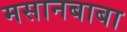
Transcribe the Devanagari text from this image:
मसानबाबा